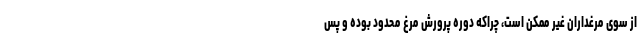
از سوی مرغداران غیر ممکن است، چراکه دوره پرورش مرغ محدود بوده و پس